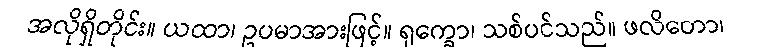
အလိုရှိတိုင်း။ ယထာ၊ ဥပမာအားဖြင့်။ ရုက္ခော၊ သစ်ပင်သည်။ ဖလိတော၊